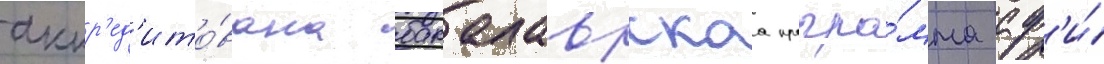
аккр'ед'ито́вана бакалаврскаа програ́мма сф'и́